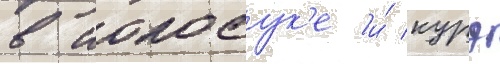
в иокосук'е и́ курэ